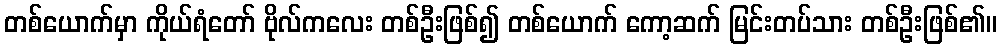
တစ်ယောက်မှာ ကိုယ်ရံတော် ဗိုလ်ကလေး တစ်ဦးဖြစ်၍ တစ်ယောက် ကော့ဆက် မြင်းတပ်သား တစ်ဦးဖြစ်၏။